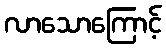
လာသောကြောင့်